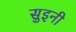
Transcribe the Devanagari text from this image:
सुइनी